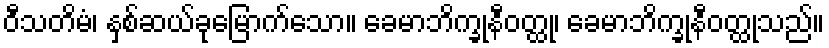
ဝီသတိမံ၊ နှစ်ဆယ်ခုမြောက်သော။ ခေမာဘိက္ခုနီဝတ္ထု၊ ခေမာဘိက္ခုနီဝတ္ထုသည်။